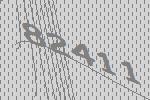
82411